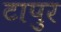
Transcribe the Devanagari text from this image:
टापुर